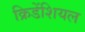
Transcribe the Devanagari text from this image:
क्रिडेंशियल